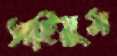
সাইয়ুম